Indian journal of veterinary science and animal husbandry - Volume 8,
Year: 1938
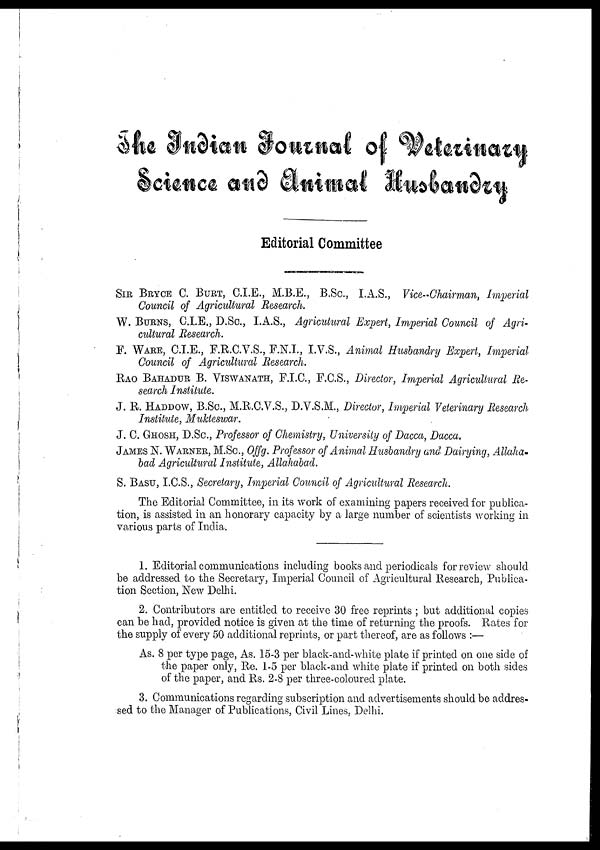
The Indian Journal of Veterinary Science
Editorial Committee
SIR BRYCE C. BURT, C.I.E., M.B.E., B.Sc., I.A.S., Vice-Chairman, Imperial
Council of Agricultural Research.
W. BURNS, C.I.E., D.Sc., I.A.S., Agricutural Expert, Imperial Council of Agri-
cultural Research.
F. WARE, C.I.E., F.R.C.V.S., F.N.I., I.V.S., Animal Husbandry Expert, Imperial
Council of Agricultural Research.
RAO BAHADUR B. VISWANATH, F.I.C., F.C.S., Director, Imperial Agricultural Re-
search Institute.
J. R. HADDOW, B.Sc., M.R.C.V.S., D.V.S.M., Director, Imperial Veterinary Research
Institute, Mukteswar.
J. C. GHOSH, D.Sc., Professor of Chemistry, University of Dacca, Dacca.
JAMES N. WARNER, M.Sc., Offg. Professor of Animal Husbandry and Dairying, Allaha-
bad Agricultural Institute, Allahabad.
S. BASU, I.C.S., Secretary, Imperial Council of Agricultural Research.
The Editorial Committee, in its work of examining papers received for publica-
tion, is assisted in an honorary capacity by a large number of scientists working in
various parts of India.
1. Editorial communications including books and periodicals for review should
be addressed to the Secretary, Imperial Council of Agricultural Research, Publica-
tion Section, New Delhi.
2. Contributors are entitled to receive 30 free reprints ; but additional copies
can be had, provided notice is given at the time of returning the proofs. Rates for
the supply of every 50 additional reprints, or part thereof, are as follows :—
As. 8 per type page, As. 15-3 per black-and-white plate if printed on one side of
the paper only, Re. 1-5 per black-and white plate if printed on both sides
of the paper, and Rs. 2-8 per three-coloured plate.
3. Communications regarding subscription and advertisements should be addres-
sed to the Manager of Publications, Civil Lines, Delhi.